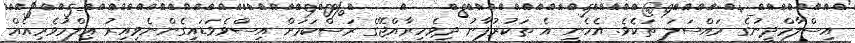
އިސްލާމްދީނުގެ މައްސަލަ ތަކެވެ. އެހެނީ އެ ތަކުރުފާނު ދިވެހިރާއްޖޭގެ ރަސްކަމަށް އިސްވެވަޑައިގެންނެވިއިރު ޢިލްމުވެރިއެއް